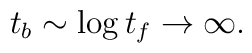
t_b\sim\log t_f\rightarrow\infty .